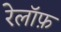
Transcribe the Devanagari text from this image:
रेलॉफ़